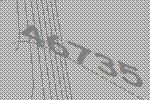
46735